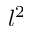
l ^ { 2 }